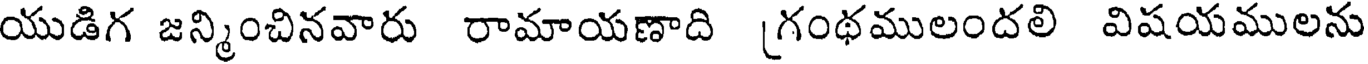
యుడిగ జన్మించినవారు రామాయణాది [గంథములందలి విషయములను